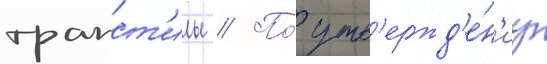
трапст'илы // По́ утв'ержд'е́н'иу